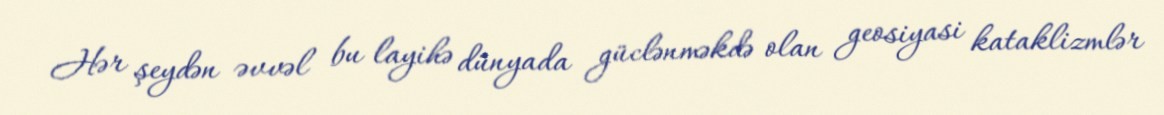
Hər şeydən əvvəl bu layihə dünyada güclənməkdə olan geosiyasi kataklizmlər